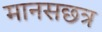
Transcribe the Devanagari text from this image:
मानसछत्र